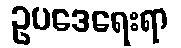
ဥပဒေရေးရာ